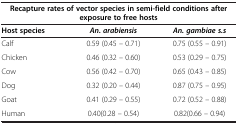
<table><thead><tr><td colspan="3"><b>Recapture rates of vector species in semi-field conditions after exposure to free hosts</b></td></tr><tr><td><b>Host species</b></td><td><b><i>An. arabiensis</i></b></td><td><b><i>An. gambiae s.s</i></b></td></tr></thead><tbody><tr><td>Calf</td><td>0.59 (0.45 – 0.71)</td><td>0.75 (0.55 – 0.91)</td></tr><tr><td>Chicken</td><td>0.46 (0.32 – 0.60)</td><td>0.53 (0.29 – 0.75)</td></tr><tr><td>Cow</td><td>0.56 (0.42 – 0.70)</td><td>0.65 (0.43 – 0.85)</td></tr><tr><td>Dog</td><td>0.32 (0.20 – 0.44)</td><td>0.87 (0.75 – 0.95)</td></tr><tr><td>Goat</td><td>0.41 (0.29 – 0.55)</td><td>0.72 (0.52 – 0.88)</td></tr><tr><td>Human</td><td>0.40(0.28 – 0.54)</td><td>0.82(0.66 – 0.94)</td></tr></tbody></table>